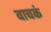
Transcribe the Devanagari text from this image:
वाचकं